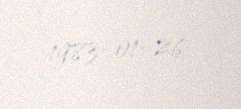
1983-01-26